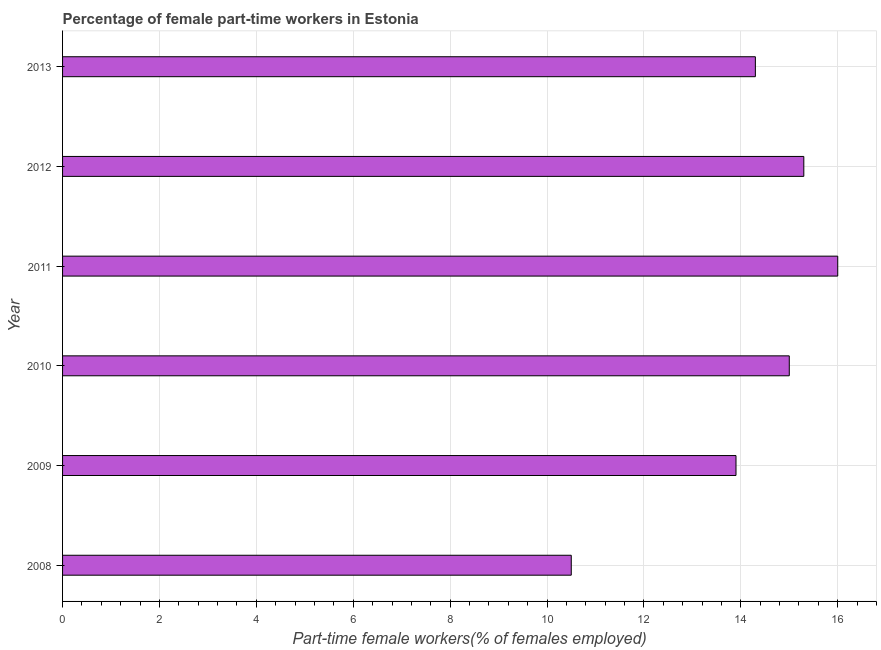
| Year | Part time employment |
 | --- | --- |
 | 2008 | 10.5 |
 | 2009 | 13.9 |
 | 2010 | 15 |
 | 2011 | 16 |
 | 2012 | 15.3 |
 | 2013 | 14.3 |